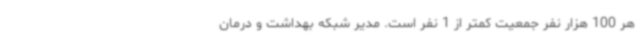
هر 100 هزار نفر جمعیت کمتر از 1 نفر است. مدیر شبکه بهداشت و درمان